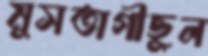
মুসতাগীছুল